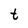
Character: t